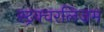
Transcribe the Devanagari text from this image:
स्ट्रक्चरलिज़म